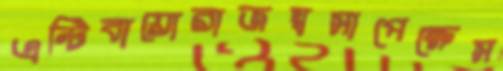
এন্টিবায়োরাজস্বসাপেক্ষেস